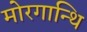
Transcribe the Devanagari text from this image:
मोरगान्थि